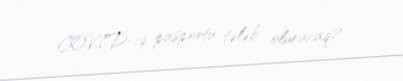
COVID-19 pasportu tələb olunacaq?.